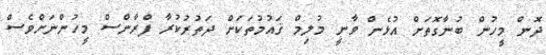
ދޮން މީހުން ބުނާގޮތަށް އުޅެން ވާނީ މުލިމް ޤައުމުތަކަށް ދަތުރުކުރާ ފްރާންސް މީހުންނަށްވެސް